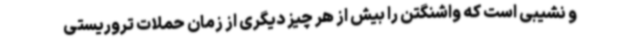
و نشیبی است که واشنگتن را بیش از هر چیز دیگری از زمان حملات تروریستی